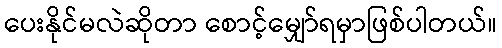
ပေးနိုင်မလဲဆိုတာ စောင့်မျှော်ရမှာဖြစ်ပါတယ်။